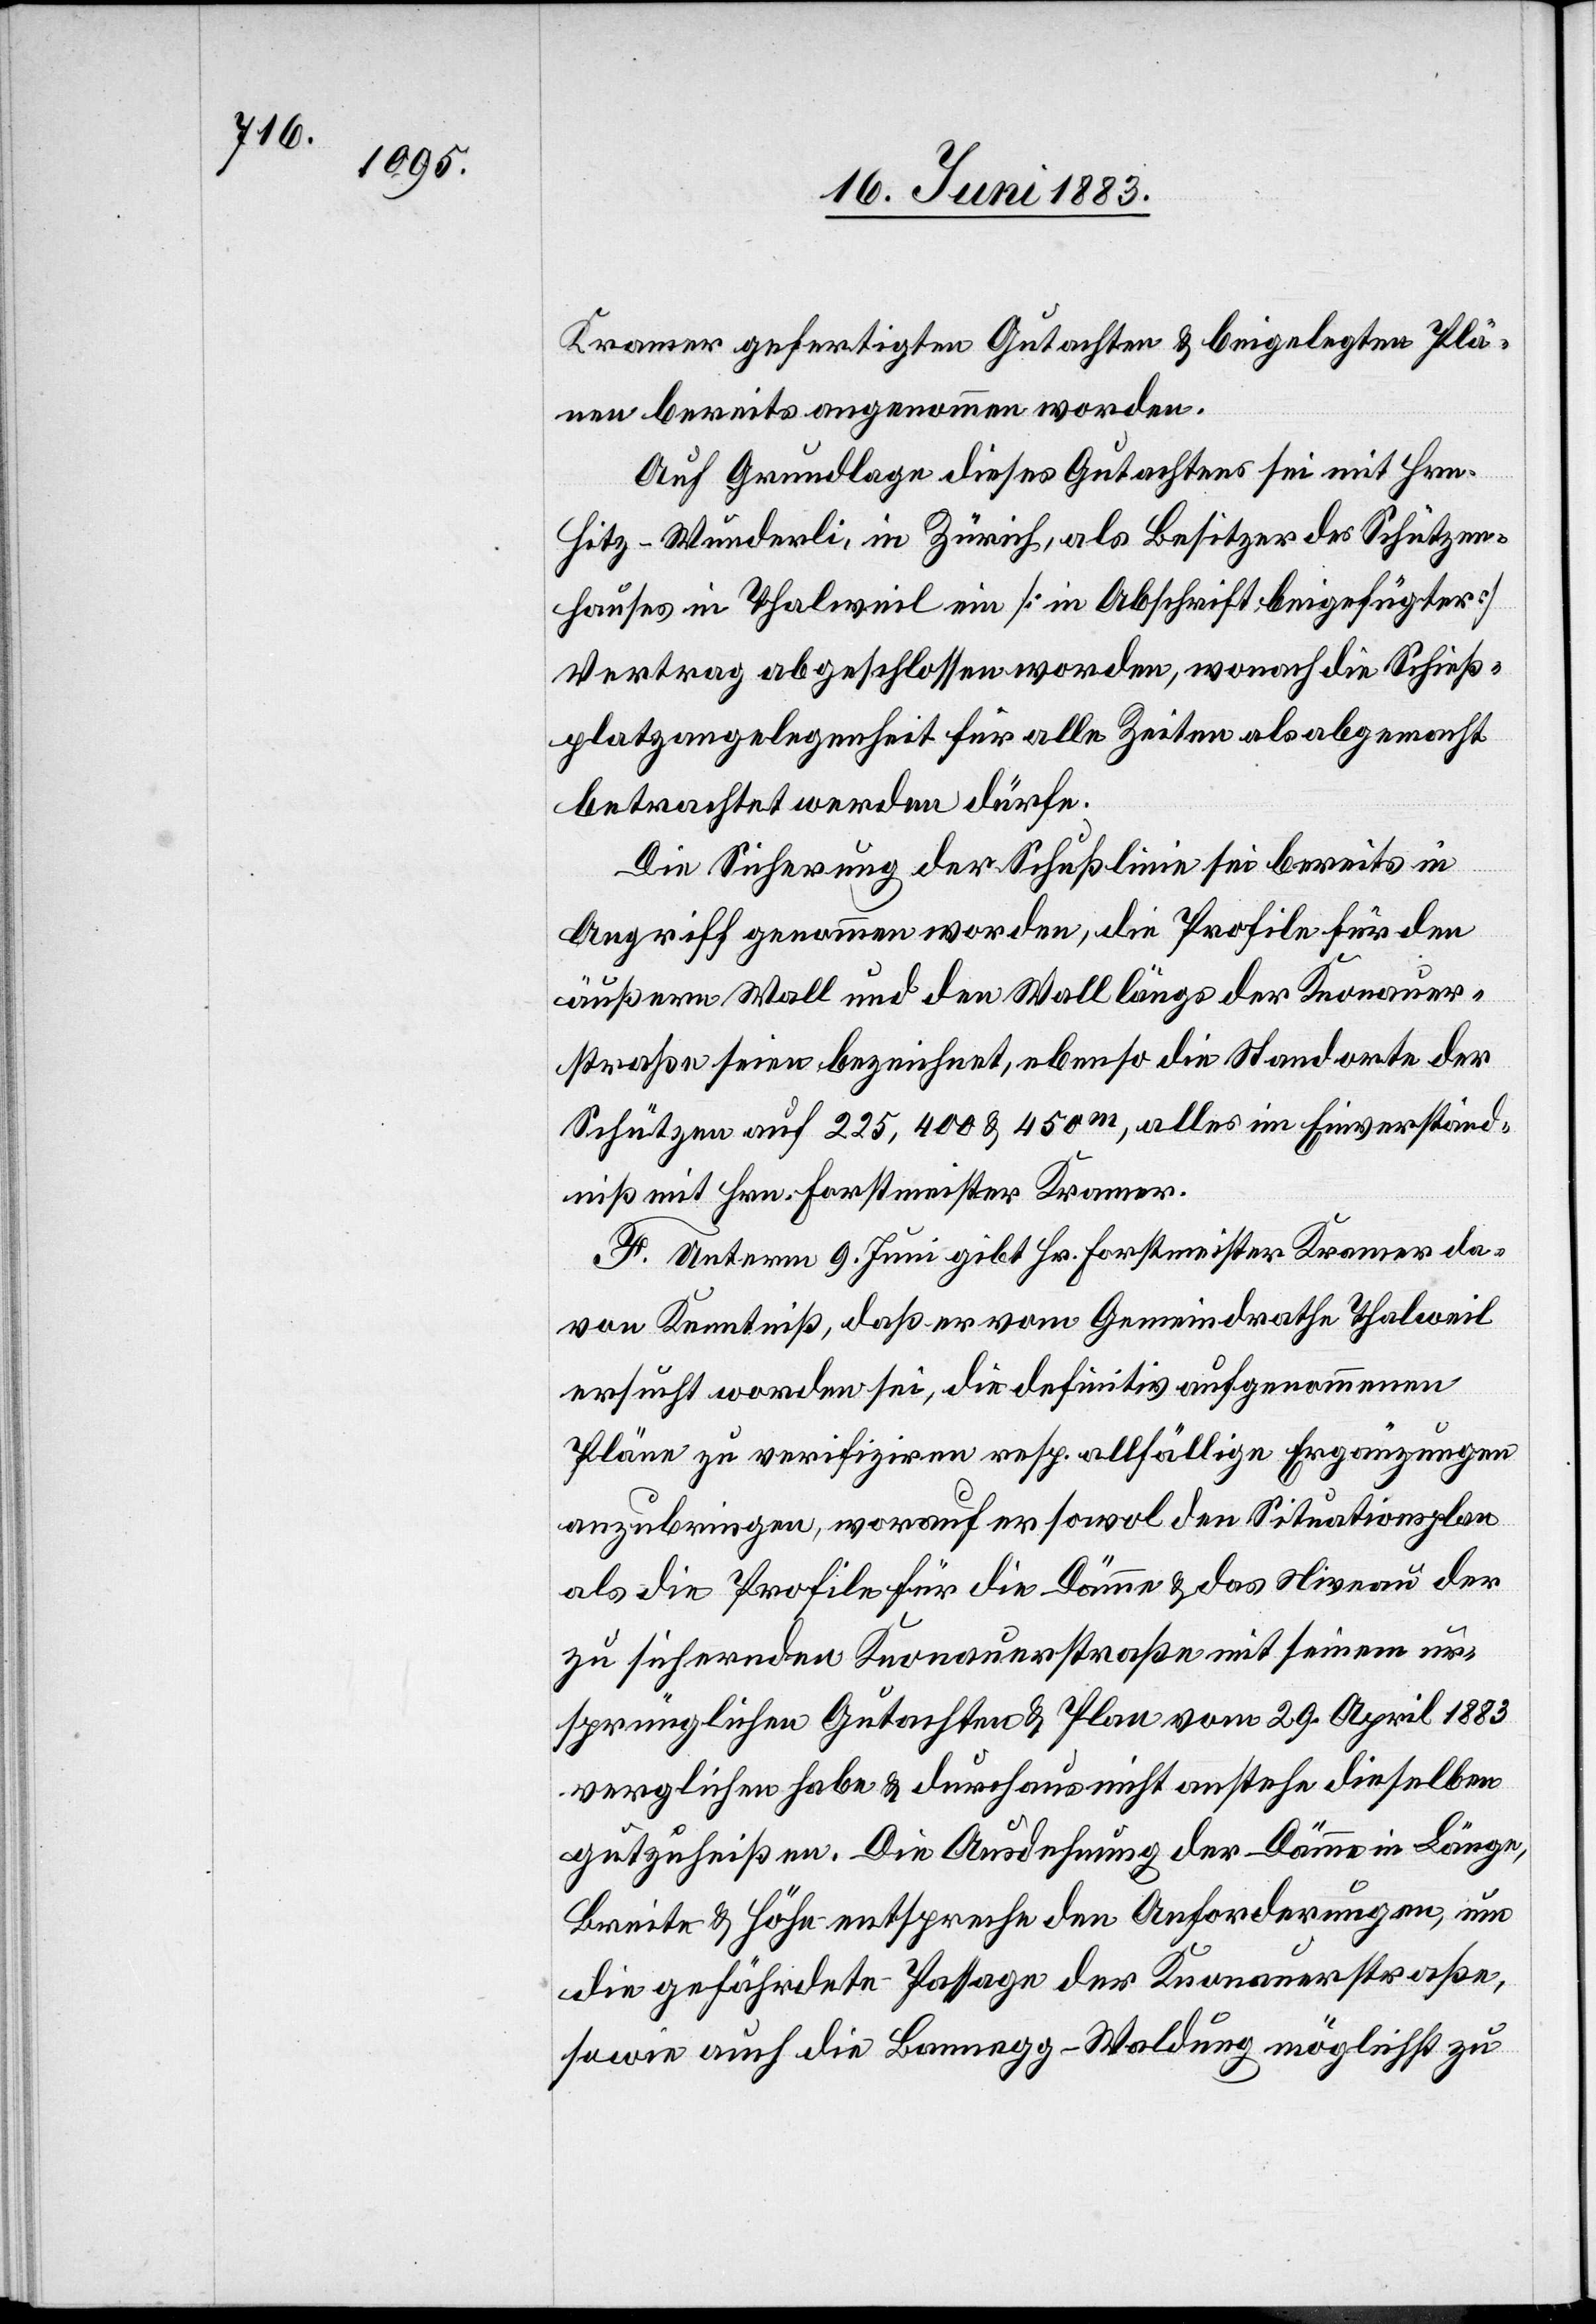
Kramer gefertigten Gutachten & beigelegten Plä¬
nen bereits angenommen worden.
Auf Grundlage dieses Gutachtens sei mit Hrn.
Hitz-Wunderli, in Zürich, als Besitzer des Schützen¬
hauses in Thalweil ein [in Abschrift beigefügter]
Vertrag abgeschlossen worden, wonach die Schieß¬
platzangelegenheit für alle Zeiten als abgemacht
betrachtet werden dürfe.
Die Sicherung der Schusslinie sei bereits in
Angriff genommen worden, die Profile für den
äußern Wall und den Wall längs der Knonauer¬
straße seien bezeichnet, ebenso die Standorte der
Schützen auf 225, 400 & 450m, alles im Einverständ¬
niß mit Hrn. Forstmeister Kramer.
F. Unterm 9. Juni gibt Hr. Forstmeister Kramer da¬
von Kenntniß, daß er vom Gemeindrathe Thalweil
ersucht worden sei, die definitiv aufgenommenen
Pläne zu verifiziren resp. allfällige Ergänzungen
anzubringen, worauf es sowol den Situationsplan
als die Profile für die Dämme & das Niveau der
zu sichernden Knonauerstraße mit seinem ur¬
sprünglichen Gutachten & Plan vom 29. April 1883
verglichen habe & durchaus nicht anstehe dieselben
gutzuheißen. Die Ausdehnung der Dämme in Länge,
Breite & Höhe entspreche den Anforderungen, um
die gefährdete Passage der Kronauerstraße,
sowie auch die Bannegg-Waldung möglichst zu